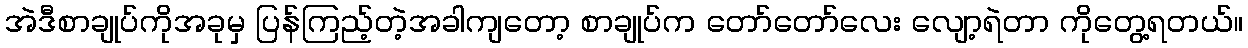
အဲဒီစာချုပ်ကိုအခုမှ ပြန်ကြည့်တဲ့အခါကျတော့ စာချုပ်က တော်တော်လေး လျော့ရဲတာ ကိုတွေ့ရတယ်။